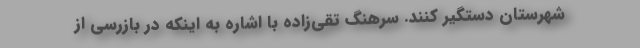
شهرستان دستگیر کنند. سرهنگ تقی‌زاده با اشاره به اینکه در بازرسی از